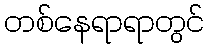
တစ်နေရာရာတွင်